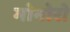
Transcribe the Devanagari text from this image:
मोनोरो